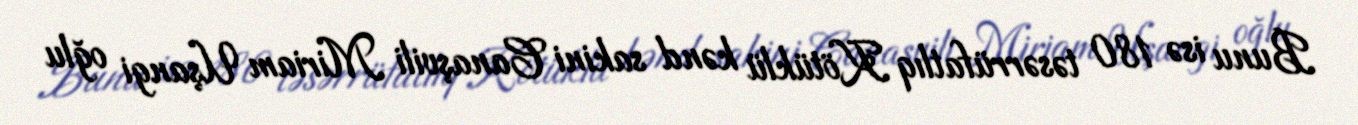
Bunu isə 180 təsərrüfatlıq Kötüklü kənd sakini Canaşvili Miriam Uşangi oğlu